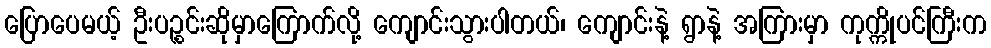
ပြောပေမယ့် ဦးပဉ္စင်းဆိုမှာကြောက်လို့ ကျောင်းသွားပါတယ်၊ ကျောင်းနဲ့ ရွာနဲ့ အကြားမှာ ကုက္ကိုပင်ကြီးက